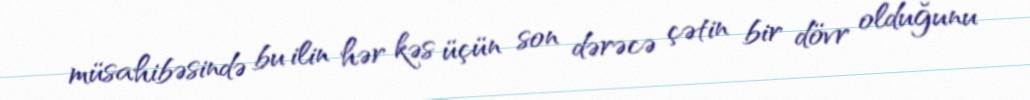
müsahibəsində bu ilin hər kəs üçün son dərəcə çətin bir dövr olduğunu